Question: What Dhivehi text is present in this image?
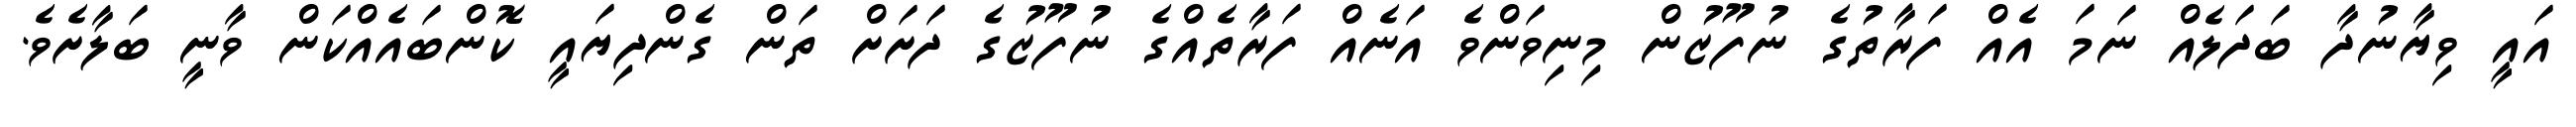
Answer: އައީ ވިޔާނުދާ ބަދަލެއް ނަމަ އެއް ފަރާތުގެ ނުފޫޒުން މިނިވަންވެ އަނެއް ފަރާތެއްގެ ނުފޫޒުގެ ދަށަށް ތަން ގެންދިޔައީ ކޮންބައެއްކަން ވާނީ ބަލާށެވެ.